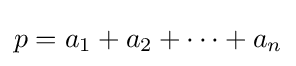
p=a_{1}+a_{2}+\cdots +a_{n}